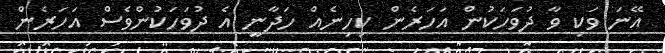
އޭނަ ވަކި ވާ ދުވަހަކުން އަހަރެން ކިހިނެއް ހަދާނީ އެ ދުވަހަކުންވެސް އަހަރެން